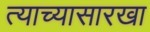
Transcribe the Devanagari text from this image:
त्याच्यासारखा